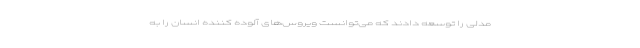
مدلی را توسعه دادند که می‌توانست ویروس‌های آلوده کننده انسان را به